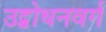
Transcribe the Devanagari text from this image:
उद्बोधनवर्ग